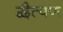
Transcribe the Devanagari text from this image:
द्वैत्पण